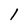
Character: l